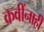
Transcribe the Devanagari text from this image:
कवींनाही